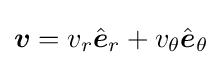
{\boldsymbol {v}}=v_{r}{\hat {\boldsymbol {e}}}_{r}+v_{\theta }{\hat {\boldsymbol {e}}}_{\theta }